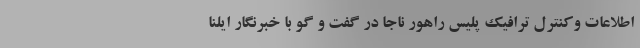
اطلاعات وکنترل ترافیک پلیس راهور ناجا در گفت و گو با خبرنگار ایلنا